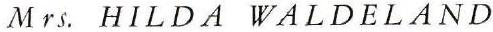
Mrs. HILDA WALDELAND